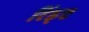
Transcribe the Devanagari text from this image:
रिंड्ट